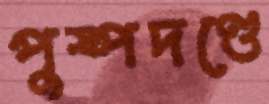
পুষ্পদণ্ডে